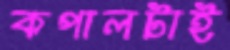
কপালটাই